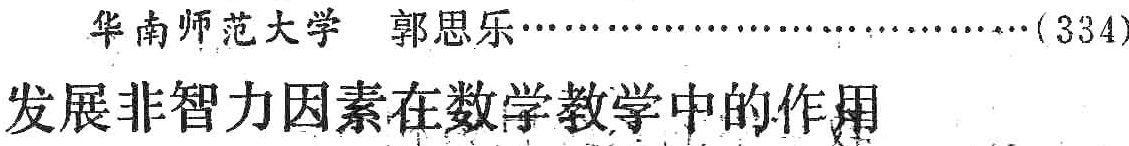
华南师范大学 郭思乐\ldots\ldots\ldots\ldots\ldots\ldots\ldots\ldots\ldots\ldots(334)\\

发展非智力因素在数学教学中的作用